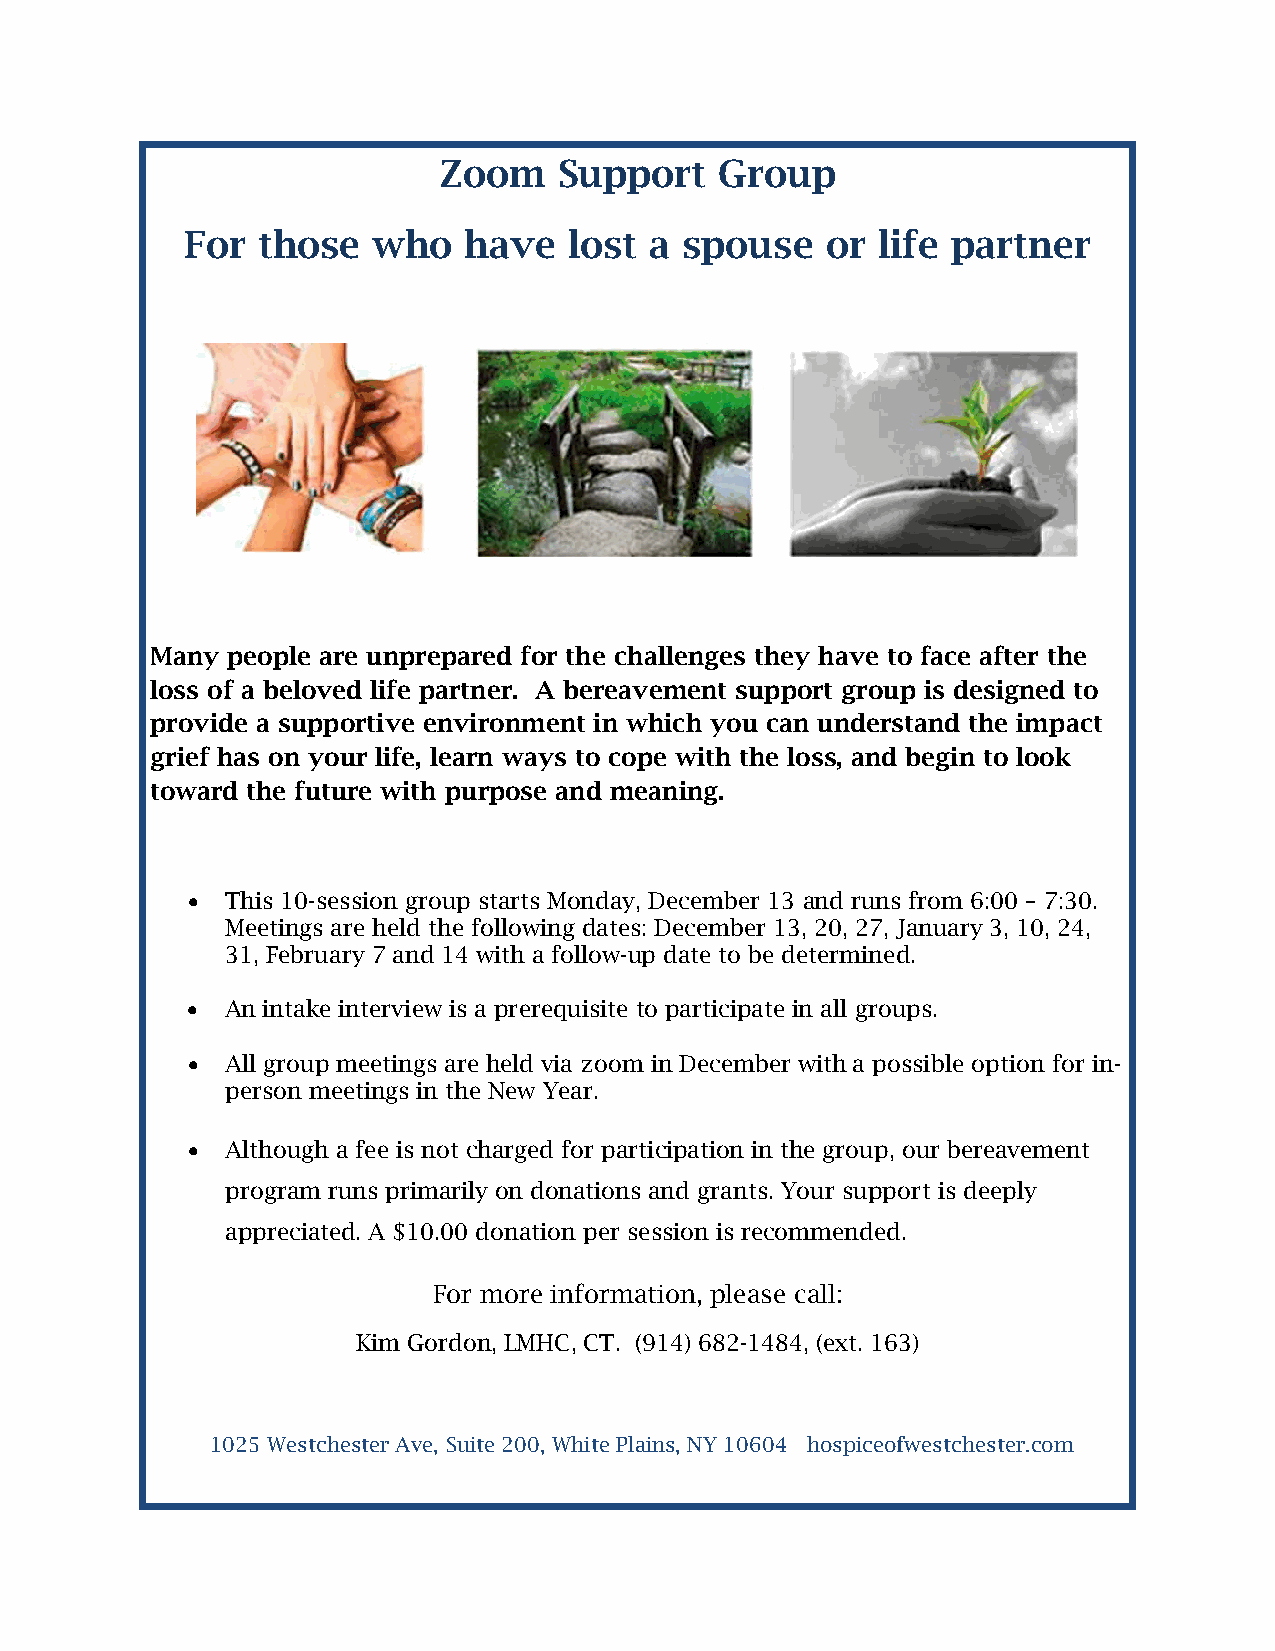
Zoom    Support    Group
 For  those   who   have   lost a spouse    or life partner
 Many people are unprepared for the challenges they have to face after the
 loss of a beloved life partner. A bereavement support group is designed to
 provide a supportive environment in which you can understand the impact
 grief has on your life, learn ways to cope with the loss, and begin to look
 toward the future with purpose and meaning.
 •  This 10-session group starts Monday, December 13 and runs from 6:00 – 7:30.
 Meetings are held the following dates: December 13, 20, 27, January 3, 10, 24,
 31, February 7 and 14 with a follow-up date to be determined.
 •  An intake interview is a prerequisite to participate in all groups.
 •  All group meetings are held via zoom in December with a possible option for in-
 person meetings in the New Year.
 •  Although a fee is not charged for participation in the group, our bereavement
 program runs primarily on donations and grants. Your support is deeply
 appreciated. A $10.00 donation per session is recommended.
 For more information, please call:
 Kim Gordon, LMHC, CT. (914) 682-1484, (ext. 163)
 1025 Westchester Ave, Suite 200, White Plains, NY 10604 hospiceofwestchester.com